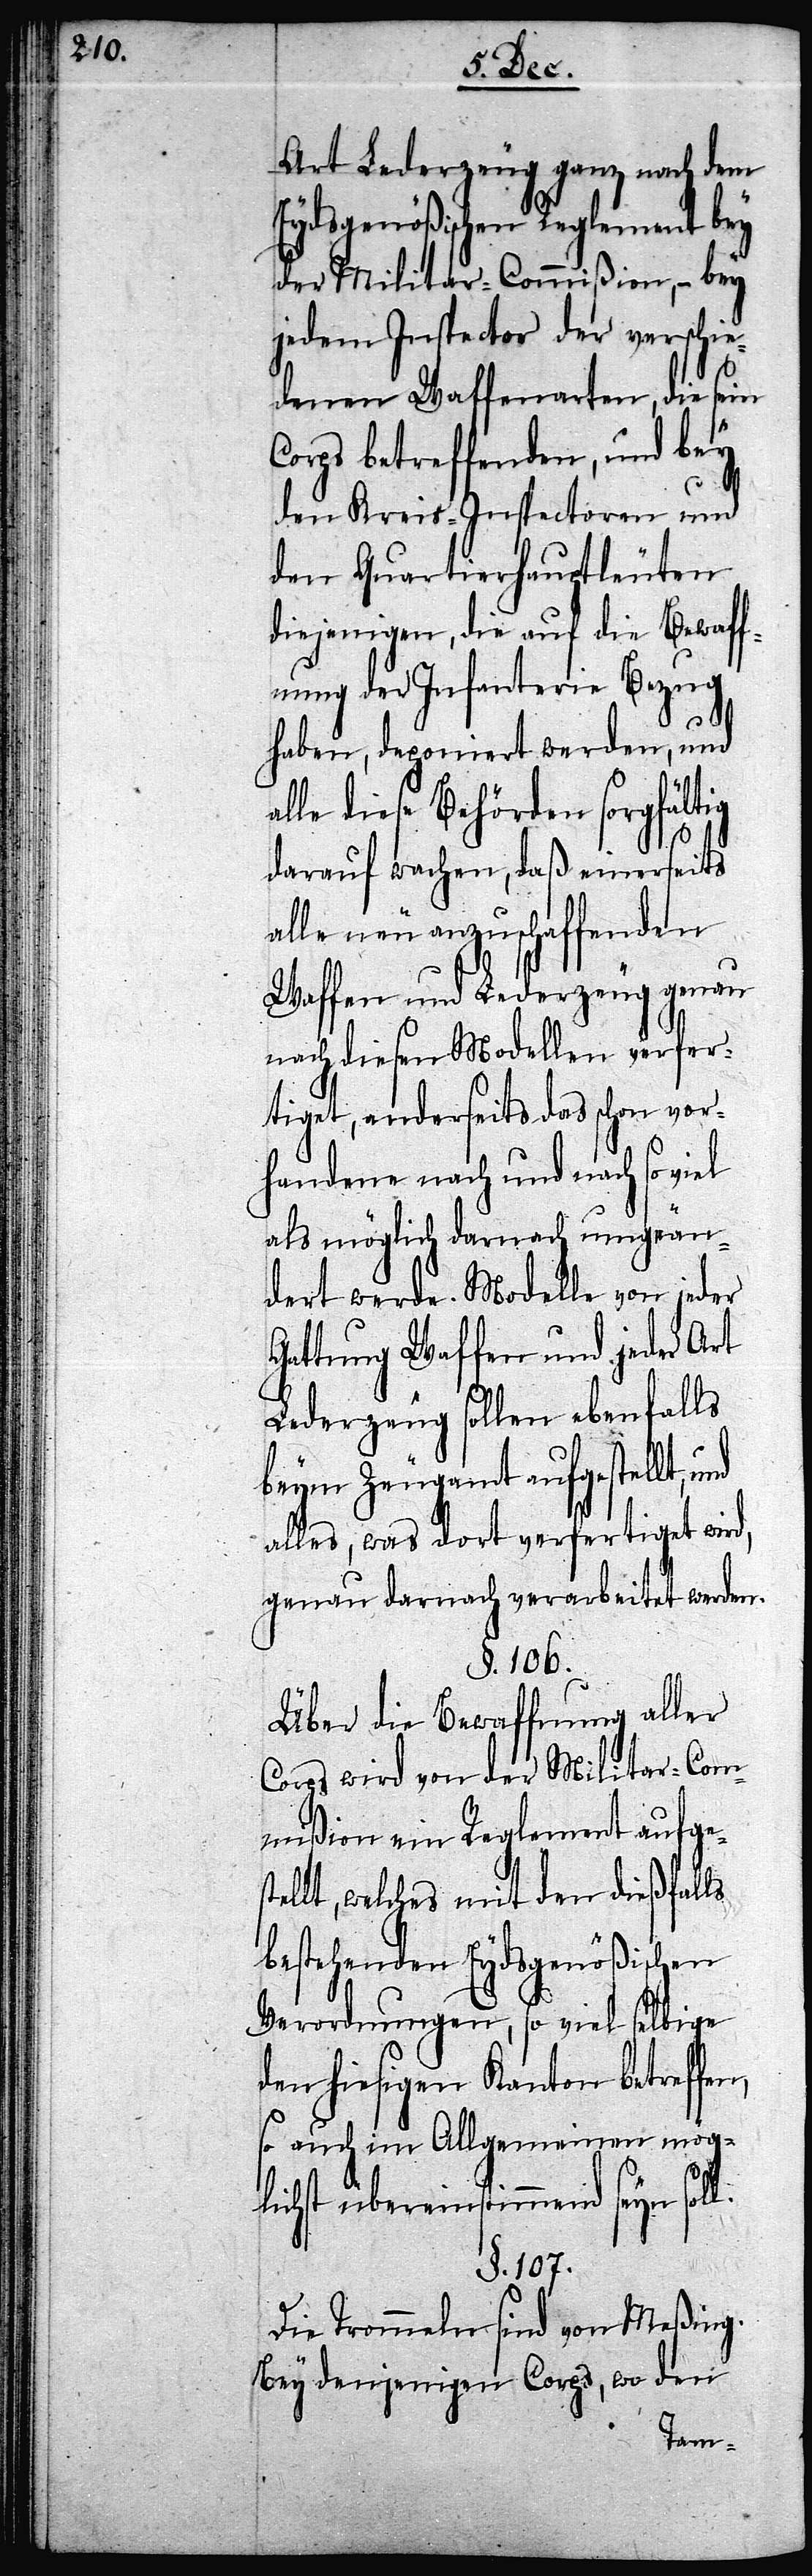
Art Lederzeug ganz nach dem
Eydsgenößischen Reglement bey
der Militar-Commißion, – bey
jedem Inspector der verschie¬
denen Waffenarten, die sein
Corps betreffenden, und bey
den Kreis-Inspectoren und
den Quartierhauptleuten
diejenigen, die auf die Bewaff¬
nung der Infanterie Bezug
haben, deponiert werden, und
alle diese Behörden sorgfältig
darauf wachen, daß einerseits
alle neu anzuschaffenden
Waffen und Lederzeug genau
nach diesen Modellen verfer¬
tiget, anderseits das schon vor¬
handene nach und nach so viel
als möglich darnach umgeän¬
dert werde. Modelle von jeder
Gattung Waffen und jeder Art
Lederzeug sollen ebenfalls
beym Zeugamt aufgestellt,
alles, was dort verfertiget wird,
genau darnach verarbeitet werden.
§. 106.
Über die Bewaffnung aller
Corps wird von der Militar-Com¬
mißion ein Reglement aufges¬
tellt, welches mit den dießfalls
bestehenden Eydsgenößischen
Verordnungen, so viel selbige
den hiesigen Kanton betreffen,
so auch im Allgemeinen mög¬
lichst übereinstimmend seyn soll.
§. 107.
Die Trommeln sind von Meßing.
Bey denjenigen Corps, wo den